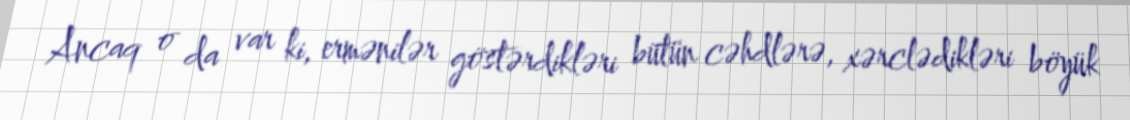
Ancaq o da var ki, ermənilər göstərdikləri bütün cəhdlərə, xərclədikləri böyük